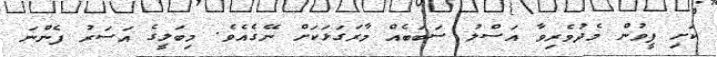
ކަށި ފީވުން މެދުވެރިވާ އަސްލު ސަބަބެއް މާރަގަޅަކަށް ނޭގެއެވެ. މިބަލީގެ އަސަރު ފެންނަ